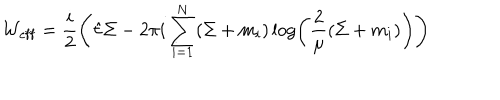
LaTeX: { \cal W } _ { \mathrm { e f f } } = \frac { i } { 2 } \left( \hat { \tau } \Sigma - { 2 \pi i } \sum _ { i = 1 } ^ { N } ( \Sigma + m _ { i } ) \log \left( \frac { 2 } { \mu } ( \Sigma + m _ { i } ) \right) \right)